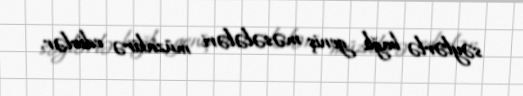
səylərlə bağlı geniş məsələləri müzakirə edirlər.